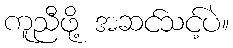
ကူညီဖို့ အဆင်သင့်ပဲ။